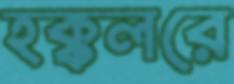
হক্কলরে